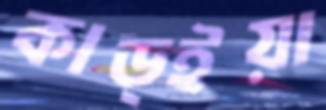
কাড্ইয়া